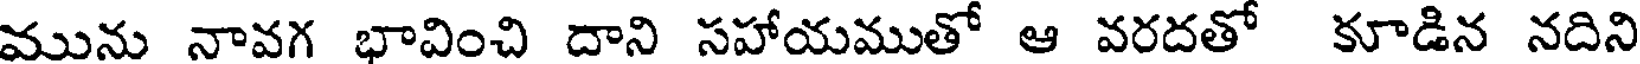
మును నావగ భావించి దాని సహాయముతో ఆ వరదతో కూడిన నదిని